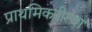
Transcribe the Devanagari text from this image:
प्राथमिकरीत्या